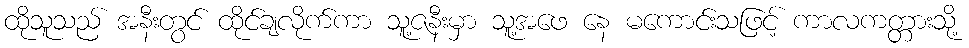
ထိုသူသည် အနီးတွင် ထိုင်ချလိုက်ကာ သူ့ဇနီးမှာ သူ့အဖေ နေ မကောင်းသဖြင့် ကာလကတ္တားသို့